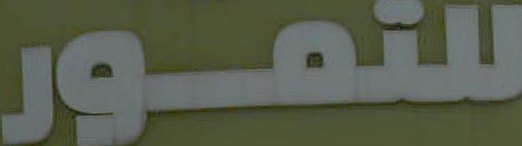
للتمور